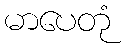
မာပေတုံ